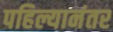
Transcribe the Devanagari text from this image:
पहिल्यानंतर